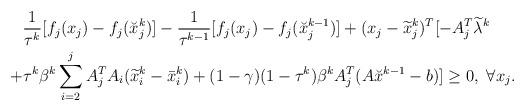
LaTeX: \begin{align*}\begin{aligned}&\frac{1}{\tau^k}[f_j(x_j)-f_j(\breve{x}_j^{k})]-\frac{1}{\tau^{k-1}}[f_j(x_j)-f_j(\breve{x}_j^{k-1})]+(x_j-\widetilde{x}^k_j)^T[-A_j^T\widetilde{\lambda}^k\\+&\tau^k\beta^k\sum_{i=2}^{j}A_j^TA_i(\widetilde{x}_i^k-\bar{x}_i^{k})+(1-\gamma)(1-\tau^k)\beta^kA_j^T(A\breve{x}^{k-1}-b)]\geq 0,~\forall x_j.\end{aligned}\end{align*}